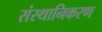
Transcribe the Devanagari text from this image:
संस्थानिकरण